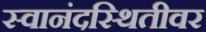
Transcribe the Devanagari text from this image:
स्वानंदस्थितीवर